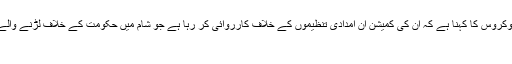
چیریٹی کمیشن کے صدرنشین ولیم شوکروس کا کہنا ہے کہ ان کی کمیشن ان امدادی تنظیموں کے خلاف کارروائی کر رہا ہے جو شام میں حکومت کے خلاف لڑنے والے مختلف گروہوں کو امداد بھیج رہی ہ
لندن۔